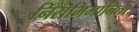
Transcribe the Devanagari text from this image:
निराभिमानिता